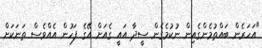
"އަހަރެން ބައްތުމެންގެއިން ނުކުމެގެން ސީދާ އައީ ގެއަށް އޭގެ ފަހުން އެއްވެސް ތަނަކަށް